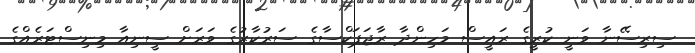
ސިރިސޭނާ ވަނީ ކުރީގެ ރައީސް މަހިންދާ ރާޖަޕަކްސާގެ ސަރުކާރުގެ ވަރަށް ސީނިއާ މިނިސްޓަރެއްގެ